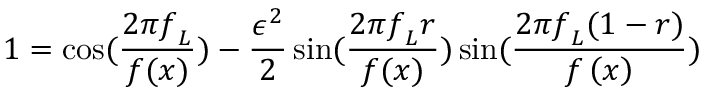
1 = \cos ( \frac { { 2 \pi f } _ { L } } { f ( x ) } ) - \frac { \epsilon ^ { 2 } } { 2 } \sin ( \frac { { 2 \pi f } _ { L } r } { f ( x ) } ) \sin ( \frac { { 2 \pi f } _ { L } ( 1 - r ) } { f \left( x \right) } )